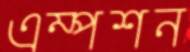
এম্পশন